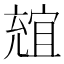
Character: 𠒩